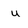
Character: u